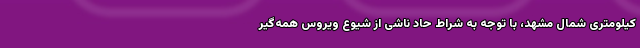
کیلومتری شمال مشهد، با توجه به شراط حاد ناشی از شیوع ویروس همه‌گیر